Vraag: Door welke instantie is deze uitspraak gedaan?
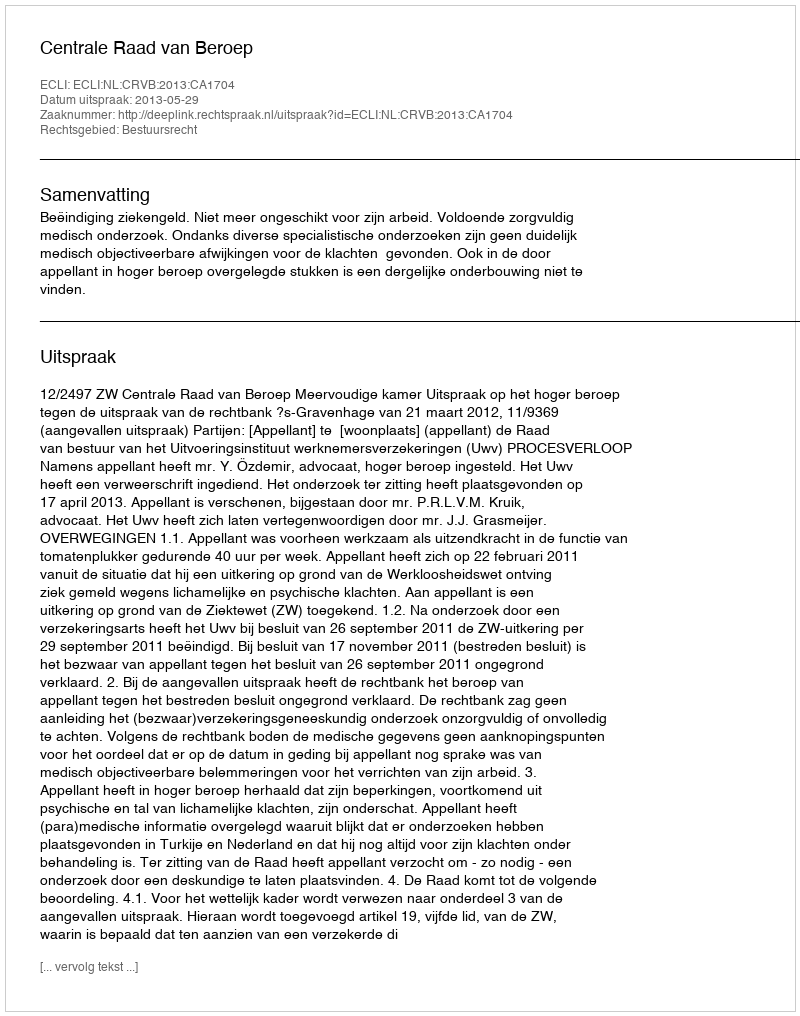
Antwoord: Centrale Raad van Beroep